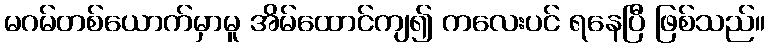
မဂမ်တစ်ယောက်မှာမူ အိမ်ထောင်ကျ၍ ကလေးပင် ရနေပြီ ဖြစ်သည်။